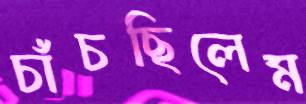
চাঁচছিলেম